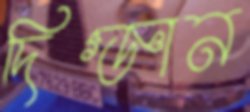
দিগ্‌জ্ঞান